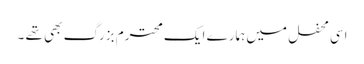
اسی محفل میں ہمارے ایک محترم بزرگ بھی تھے ۔